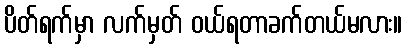
ပိတ်ရက်မှာ လက်မှတ် ဝယ်ရတာခက်တယ်မလား။